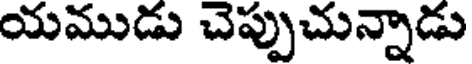
యముడు చెప్పుచున్నాడు